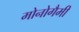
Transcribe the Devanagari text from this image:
मोनोगैमी